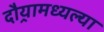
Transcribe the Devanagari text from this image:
दौर्‍यामध्यल्या